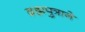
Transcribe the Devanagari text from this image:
ब्रह्मपुत्राने